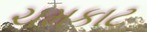
ચમકાટ